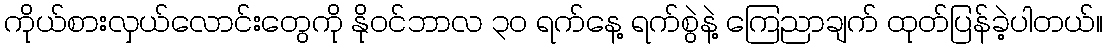
ကိုယ်စားလှယ်လောင်းတွေကို နိုဝင်ဘာလ ၃၀ ရက်နေ့ ရက်စွဲနဲ့ ကြေညာချက် ထုတ်ပြန်ခဲ့ပါတယ်။